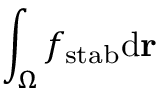
\int _ { \Omega } f _ { \mathrm { s t a b } } \mathrm { d } \mathbf { r }